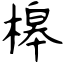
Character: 槔